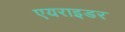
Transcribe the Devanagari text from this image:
एयराइडर